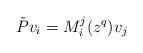
LaTeX: \begin{align*}\tilde Pv_i=M^j_i(z^q)v_j\end{align*}